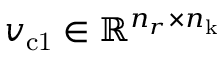
v _ { \mathrm { c 1 } } \in \mathbb { R } ^ { n _ { r } \times n _ { \mathrm { k } } }